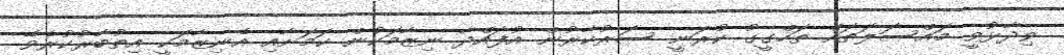
ވިދާޅުވީ މައްސަލަތައް ތަހްގީގު ކުރަނީ ސަރުކާރުން އުފައްދާ ނިޒާމަކުން ކަމަށާއި އެނިޒާމަކީ އިތުބާރުކުރެވޭ